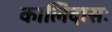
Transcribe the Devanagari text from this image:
कालिदासः